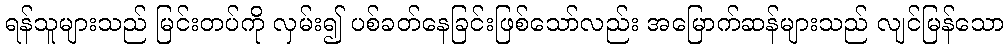
ရန်သူများသည် မြင်းတပ်ကို လှမ်း၍ ပစ်ခတ်နေခြင်းဖြစ်သော်လည်း အမြောက်ဆန်များသည် လျင်မြန်သော